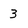
Character: 3